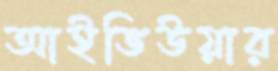
আইভিউয়ার